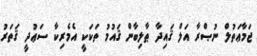
ޖަމާޢަތުލް ނުޞްރާ އަލް ޤައިދާ ޠާލިބާން ޤައުމު ތަކަކީ އެމެރިކާ ސަޢުދީ ޤަތަރު